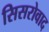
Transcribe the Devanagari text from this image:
सिसरोवाद